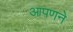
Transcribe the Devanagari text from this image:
आपणने